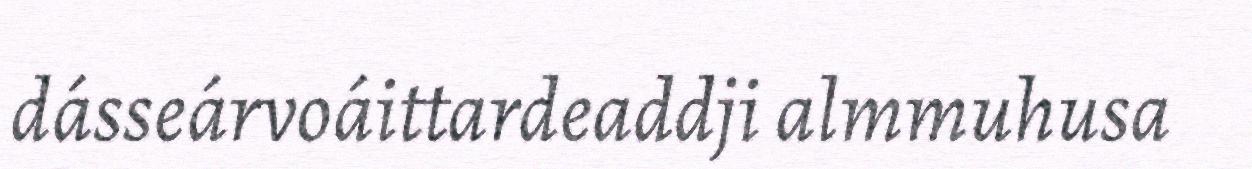
dásseárvoáittardeaddji almmuhusa